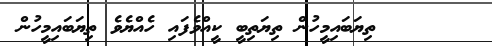
١٥٤     ތިޔަބައިމީހުން ތިޔަތިބީ ކީއްވެފައި ހެއްޔެވެ ތިޔަބައިމީހުން